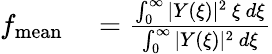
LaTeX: \begin{array}{rl}{f_{\mathrm{mean}}}&{{}=\frac{\int_{0}^{\infty}|Y(\xi)|^{2}~\xi~d\xi}{\int_{0}^{\infty}|Y(\xi)|^{2}~d\xi}}\end{array}